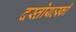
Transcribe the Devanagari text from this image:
दस्तोयव्स्की